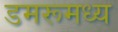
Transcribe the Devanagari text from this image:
डमरूमध्य